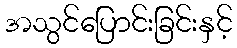
အသွင်ပြောင်းခြင်းနှင့်